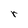
Character: r